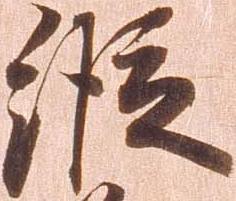
縦